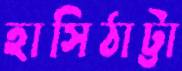
হাসিঠাট্টা